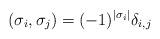
LaTeX: \begin{align*}(\sigma_i, \sigma_j) = (-1)^{|\sigma_i|}\delta_{i,j}\end{align*}